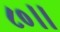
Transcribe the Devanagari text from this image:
८०।।